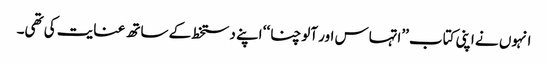
انہوں نے اپنی کتاب ’’اتہاس اور آلوچنا‘‘ اپنے دستخط کے ساتھ عنایت کی تھی۔